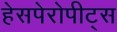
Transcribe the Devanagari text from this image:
हेसपेरोपीट्स